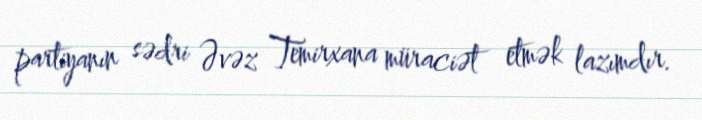
partiyanın sədri Əvəz Temirxana müraciət etmək lazımdır.